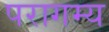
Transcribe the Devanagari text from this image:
परागम्य